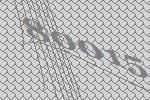
80015